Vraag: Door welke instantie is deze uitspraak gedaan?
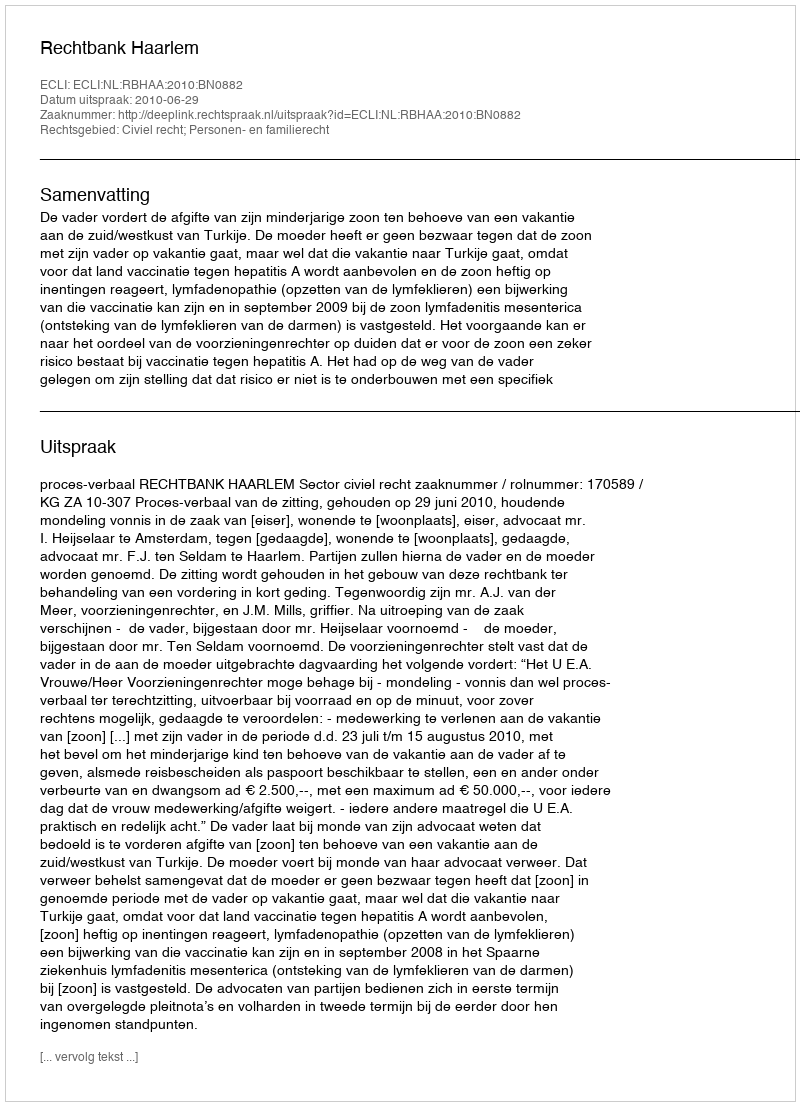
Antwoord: Rechtbank Haarlem